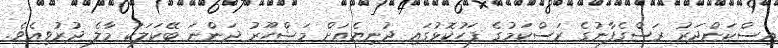
އިސްކަންދަރު ރަސްގެފާނުގެ ރަސްކަމުގެ ފަހުކޮޅުގައި ދުނިޔެއަށް މަޝްހޫރު ދަންނަ ބޭކަލަކު މާލެ ދުރުވިއެވެ.